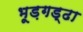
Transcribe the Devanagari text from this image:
भूड़गड्ढा